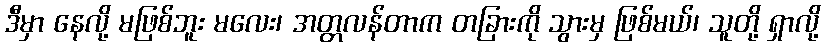
ဒီမှာ နေလို့ မဖြစ်ဘူး မလေး၊ အတ္တလန်တာက တခြားကို သွားမှ ဖြစ်မယ်၊ သူတို့ ရှာလို့